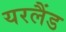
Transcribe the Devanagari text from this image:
यरलैंड